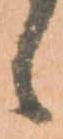
候